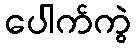
ပေါက်ကွဲ